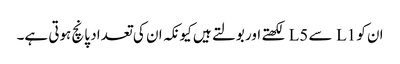
ان کو L1 سے L5 لکھتے اور بولتے ہیں کیونکہ ان کی تعداد پانچ ہوتی ہے۔